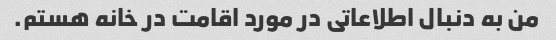
من به دنبال اطلاعاتی در مورد اقامت در خانه هستم.